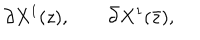
\partial X ^ { 1 } ( z ) , \qquad \bar { \partial } X ^ { 1 } ( \bar { z } ) ,